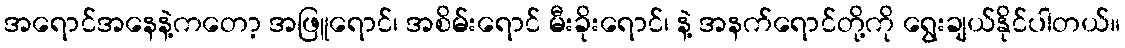
အရောင်အနေနဲ့ကတော့ အဖြူရောင်၊ အစိမ်းရောင် မီးခိုးရောင်၊ နဲ့ အနက်ရောင်တို့ကို ရွေးချယ်နိုင်ပါတယ်။